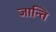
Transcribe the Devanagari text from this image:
जान्ति